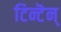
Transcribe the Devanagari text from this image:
टिन्टॆन्